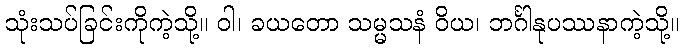
သုံးသပ်ခြင်းကိုကဲ့သို့။ ဝါ၊ ခယတော သမ္မသနံ ဝိယ၊ ဘင်္ဂါနုပဿနာကဲ့သို့။